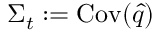
\Sigma _ { t } : = \operatorname * { C o v } ( \hat { q } )